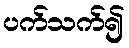
ပက်သက်၍